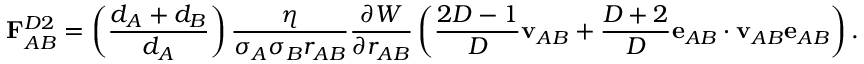
\mathbf { F } _ { A B } ^ { D 2 } = \left( \frac { d _ { A } + d _ { B } } { d _ { A } } \right) \frac { \eta } { \sigma _ { A } \sigma _ { B } r _ { A B } } \frac { \partial { W } } { \partial { r _ { A B } } } \left( \frac { 2 D - 1 } { D } \mathbf { v } _ { A B } + \frac { D + 2 } { D } \mathbf { e } _ { A B } \cdot \mathbf { v } _ { A B } \mathbf { e } _ { A B } \right) .